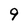
Character: 9